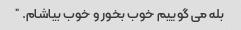
بله می گوییم خوب بخور و خوب بیاشام. ”